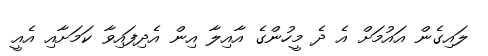
ލައިގެން އައުމަށް އެ ދެ މީހުންގެ އާއިލާ އިން އެދިފައިވާ ކަމަށާއި އެއީ